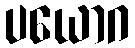
ပယောဂ